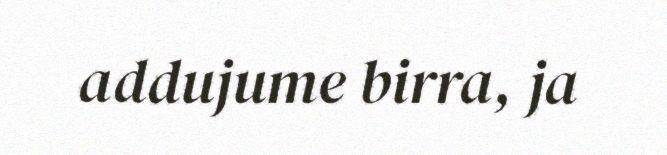
addujume birra, ja